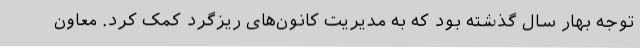
توجه بهار سال گذشته بود که به مدیریت کانون‌های ریزگرد کمک کرد. معاون